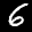
Label: 6